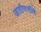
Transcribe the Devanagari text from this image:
जातीपातींचे